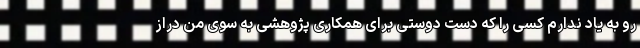
رو به یاد ندارم کسی را که دست دوستی برای همکاری پژوهشی به سوی من دراز